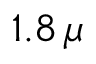
1 . 8 \, \mu